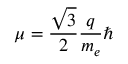
\mu = { \frac { \sqrt { 3 } } { 2 } } { \frac { q } { m _ { e } } } \hbar